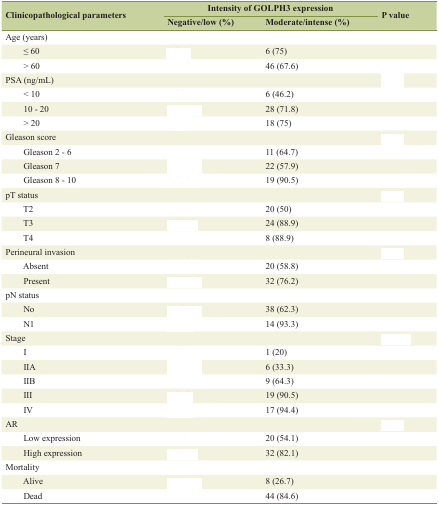
<table><thead><tr><td rowspan="2"><b>Clinicopathological parameters</b></td><td colspan="2"><b>Intensity of GOLPH3 expression</b></td><td rowspan="2"><b>P value</b></td></tr><tr><td><b>Negative/low (%)</b></td><td><b>Moderate/intense (%)</b></td></tr></thead><tbody><tr><td>Age (years)</td><td>[EMPTY_CELL]</td><td>[EMPTY_CELL]</td><td>[EMPTY_CELL]</td></tr><tr><td>≤ 60</td><td>[EMPTY_CELL]</td><td>6 (75)</td><td>[EMPTY_CELL]</td></tr><tr><td>&gt; 60</td><td>[EMPTY_CELL]</td><td>46 (67.6)</td><td>[EMPTY_CELL]</td></tr><tr><td>PSA (ng/mL)</td><td>[EMPTY_CELL]</td><td>[EMPTY_CELL]</td><td>[EMPTY_CELL]</td></tr><tr><td>&lt; 10</td><td>[EMPTY_CELL]</td><td>6 (46.2)</td><td>[EMPTY_CELL]</td></tr><tr><td>10 - 20</td><td>[EMPTY_CELL]</td><td>28 (71.8)</td><td>[EMPTY_CELL]</td></tr><tr><td>&gt; 20</td><td>[EMPTY_CELL]</td><td>18 (75)</td><td>[EMPTY_CELL]</td></tr><tr><td>Gleason score</td><td>[EMPTY_CELL]</td><td>[EMPTY_CELL]</td><td>[EMPTY_CELL]</td></tr><tr><td>Gleason 2 - 6</td><td>[EMPTY_CELL]</td><td>11 (64.7)</td><td>[EMPTY_CELL]</td></tr><tr><td>Gleason 7</td><td>[EMPTY_CELL]</td><td>22 (57.9)</td><td>[EMPTY_CELL]</td></tr><tr><td>Gleason 8 - 10</td><td>[EMPTY_CELL]</td><td>19 (90.5)</td><td>[EMPTY_CELL]</td></tr><tr><td>pT status</td><td>[EMPTY_CELL]</td><td>[EMPTY_CELL]</td><td>[EMPTY_CELL]</td></tr><tr><td>T2</td><td>[EMPTY_CELL]</td><td>20 (50)</td><td>[EMPTY_CELL]</td></tr><tr><td>T3</td><td>[EMPTY_CELL]</td><td>24 (88.9)</td><td>[EMPTY_CELL]</td></tr><tr><td>T4</td><td>[EMPTY_CELL]</td><td>8 (88.9)</td><td>[EMPTY_CELL]</td></tr><tr><td>Perineural invasion</td><td>[EMPTY_CELL]</td><td>[EMPTY_CELL]</td><td>[EMPTY_CELL]</td></tr><tr><td>Absent</td><td>[EMPTY_CELL]</td><td>20 (58.8)</td><td>[EMPTY_CELL]</td></tr><tr><td>Present</td><td>[EMPTY_CELL]</td><td>32 (76.2)</td><td>[EMPTY_CELL]</td></tr><tr><td>pN status</td><td>[EMPTY_CELL]</td><td>[EMPTY_CELL]</td><td>[EMPTY_CELL]</td></tr><tr><td>No</td><td>[EMPTY_CELL]</td><td>38 (62.3)</td><td>[EMPTY_CELL]</td></tr><tr><td>N1</td><td>[EMPTY_CELL]</td><td>14 (93.3)</td><td>[EMPTY_CELL]</td></tr><tr><td>Stage</td><td>[EMPTY_CELL]</td><td>[EMPTY_CELL]</td><td>[EMPTY_CELL]</td></tr><tr><td>I</td><td>[EMPTY_CELL]</td><td>1 (20)</td><td>[EMPTY_CELL]</td></tr><tr><td>IIA</td><td>[EMPTY_CELL]</td><td>6 (33.3)</td><td>[EMPTY_CELL]</td></tr><tr><td>IIB</td><td>[EMPTY_CELL]</td><td>9 (64.3)</td><td>[EMPTY_CELL]</td></tr><tr><td>III</td><td>[EMPTY_CELL]</td><td>19 (90.5)</td><td>[EMPTY_CELL]</td></tr><tr><td>IV</td><td>[EMPTY_CELL]</td><td>17 (94.4)</td><td>[EMPTY_CELL]</td></tr><tr><td>AR</td><td>[EMPTY_CELL]</td><td>[EMPTY_CELL]</td><td>[EMPTY_CELL]</td></tr><tr><td>Low expression</td><td>[EMPTY_CELL]</td><td>20 (54.1)</td><td>[EMPTY_CELL]</td></tr><tr><td>High expression</td><td>[EMPTY_CELL]</td><td>32 (82.1)</td><td>[EMPTY_CELL]</td></tr><tr><td>Mortality</td><td>[EMPTY_CELL]</td><td>[EMPTY_CELL]</td><td>[EMPTY_CELL]</td></tr><tr><td>Alive</td><td>[EMPTY_CELL]</td><td>8 (26.7)</td><td>[EMPTY_CELL]</td></tr><tr><td>Dead</td><td>[EMPTY_CELL]</td><td>44 (84.6)</td><td>[EMPTY_CELL]</td></tr></tbody></table>